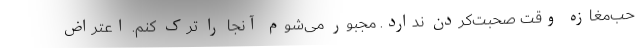
حب‌مغازه وقت صحبت‌کردن ندارد. مجبور می‌شوم آنجا را ترک کنم. اعتراض